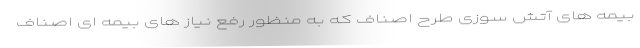
بیمه های آتش سوزی طرح اصناف که به منظور رفع نیاز های بیمه ای اصناف